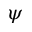
\psi